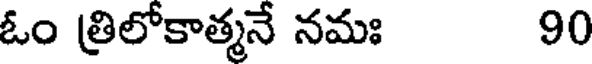
ఓం త్రిలోకాత్మనే నమః 90